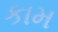
કામ